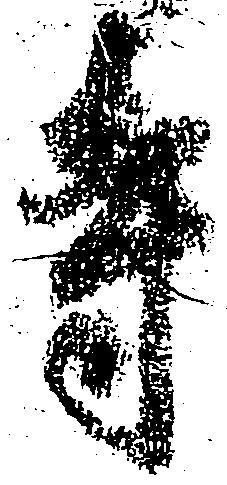
寺